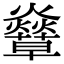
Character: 𧄣